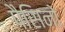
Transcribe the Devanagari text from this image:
पैसिनो